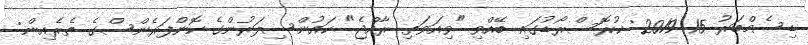
ޑިސެމްބަރު 15 2019: ކުރޮސްރޯޑުގައި ބޭއްވި "ވިއަވަތި ރާއްޖެ" ކައުންސިލަރުންގެ ކޮންފަރެންސްގެ ތެރެއިން: